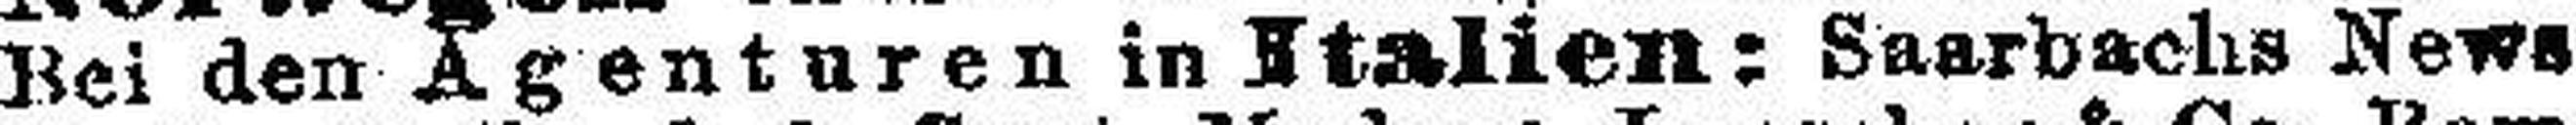
Bei den Agenturen in Italien: Saarbachs News